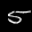
Label: 5